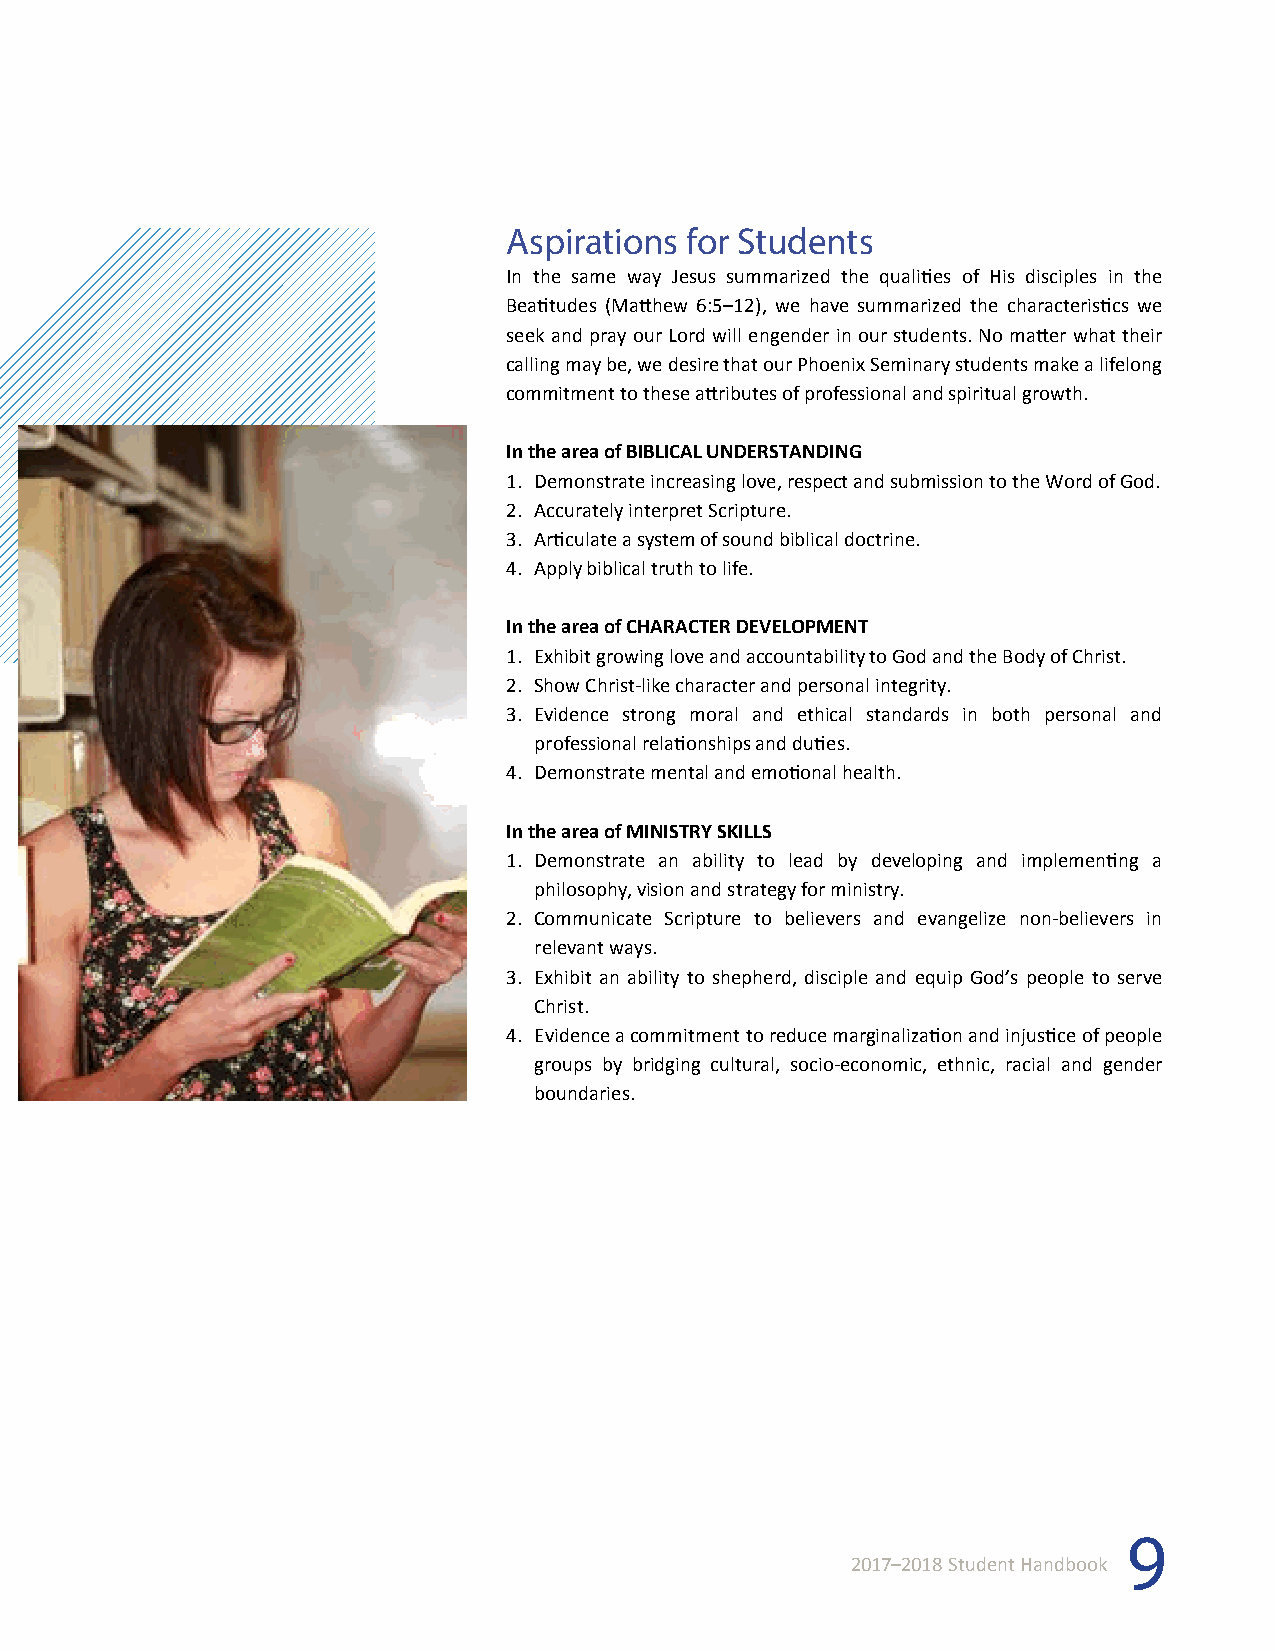
Aspirations for Students
 In the same way Jesus summarized the qualities of His disciples in the
 Beatitudes (Matthew 6:5–12), we have summarized the characteristics we
 seek and pray our Lord will engender in our students. No matter what their
 calling may be, we desire that our Phoenix Seminary students make a lifelong
 commitment to these attributes of professional and spiritual growth.
 In the area of BIBLICAL UNDERSTANDING
 1. Demonstrate increasing love, respect and submission to the Word of God.
 2. Accurately interpret Scripture.
 3. Articulate a system of sound biblical doctrine.
 4. Apply biblical truth to life.
 In the area of CHARACTER DEVELOPMENT
 1. Exhibit growing love and accountability to God and the Body of Christ.
 2. Show Christ-like character and personal integrity.
 3. Evidence strong moral and ethical standards in both personal and
 professional relationships and duties.
 4. Demonstrate mental and emotional health.
 In the area of MINISTRY SKILLS
 1. Demonstrate an ability to lead by developing and implementing a
 philosophy, vision and strategy for ministry.
 2. Communicate Scripture to believers and evangelize non-believers in
 relevant ways.
 3. Exhibit an ability to shepherd, disciple and equip God’s people to serve
 Christ.
 4. Evidence a commitment to reduce marginalization and injustice of people
 groups by bridging cultural, socio-economic, ethnic, racial and gender
 boundaries.
 9
 2017–2018 Student Handbook